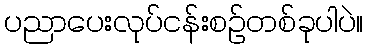
ပညာပေးလုပ်ငန်းစဉ်တစ်ခုပါပဲ။